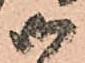
御